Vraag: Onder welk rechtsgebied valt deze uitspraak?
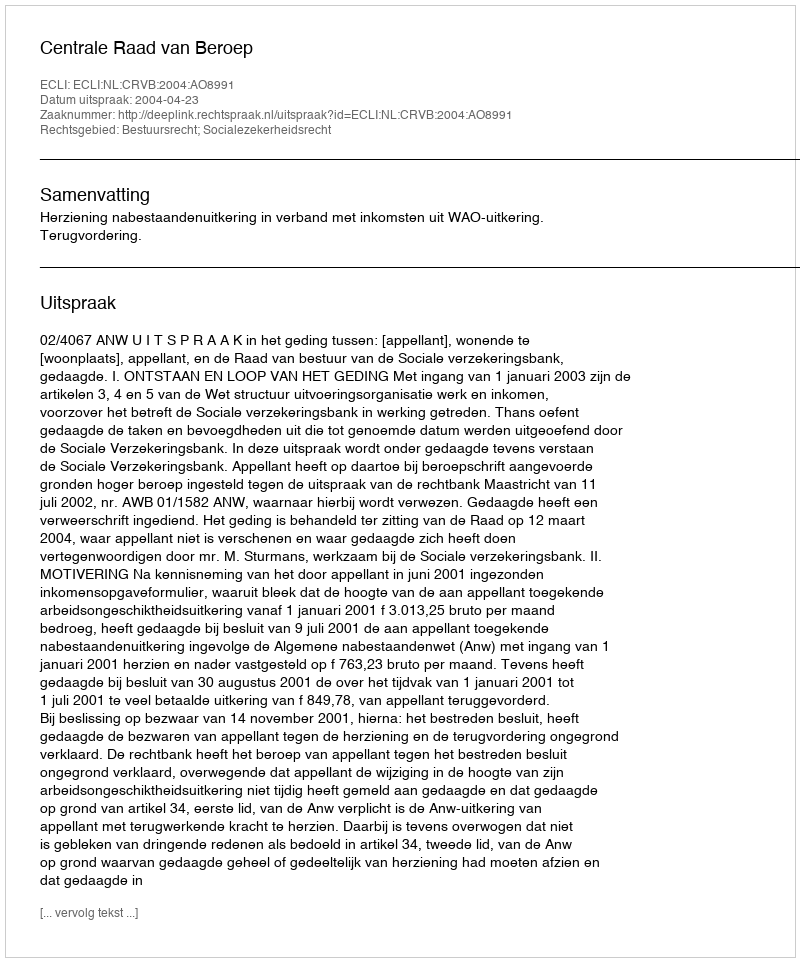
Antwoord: Bestuursrecht; Socialezekerheidsrecht